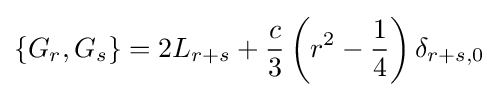
\{G_{r},G_{s}\}=2L_{r+s}+{\frac {c}{3}}\left(r^{2}-{\frac {1}{4}}\right)\delta _{r+s,0}